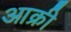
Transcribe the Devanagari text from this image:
आक्री